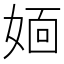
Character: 𡞎